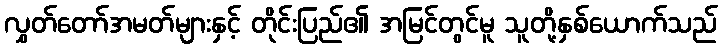
လွှတ်တော်အမတ်များနှင့် တိုင်းပြည်၏ အမြင်တွင်မူ သူတို့နှစ်ယောက်သည်